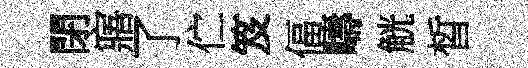
閉寤了伫笈偪疇觥晳